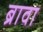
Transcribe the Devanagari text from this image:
ब्रावा